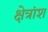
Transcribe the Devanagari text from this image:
क्षेत्रांश